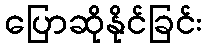
ပြောဆိုနိုင်ခြင်း